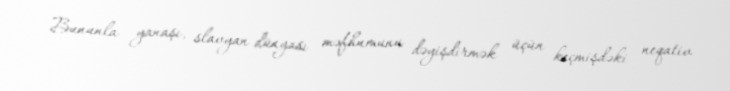
Bununla yanaşı, slavyan dünyası məfhumunu dəyişdirmək üçün keçmişdəki neqativ